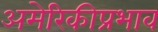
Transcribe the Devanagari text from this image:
अमेरिकीप्रभाव